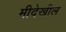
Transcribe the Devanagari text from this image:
मीदेखील